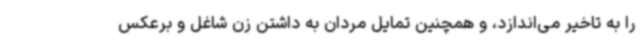
را به تاخیر می‌اندازد، و همچنین تمایل مردان به داشتن زن شاغل و برعکس